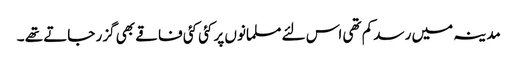
مدینہ میں رسد کم تھی اس لئے مسلمانوں پر کئی کئی فاقے بھی گزر جاتے تھے ۔